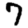
Digit: 7